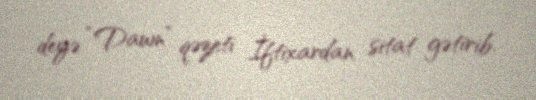
deyə “Dawn” qəzeti İftixardan sitat gətirib.